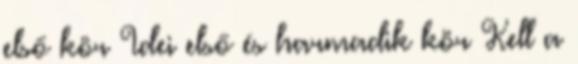
első kör Idei első és harmadik kör Kell a